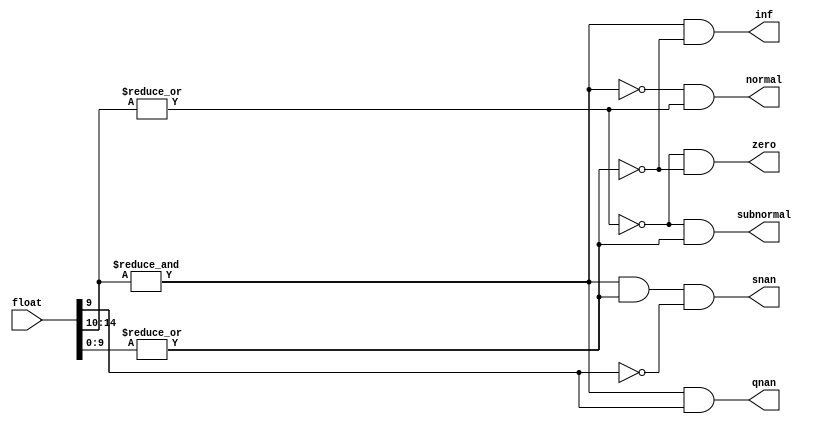



module Fp_clasifier
(input [15:0] float , 
output snan , qnan , inf , zero , subnormal , normal );

wire expOnes , expZeroes , sigZeroes ; 

assign expOnes = &float[14:10];
assign expZeroes = ~|float[14:10];
assign sigZeroes = ~|float[9:0];

assign snan = expOnes & ~sigZeroes & ~float[9];
assign qnan = expOnes & float[9];
assign inf  = expOnes & sigZeroes;
assign zero = expZeroes & sigZeroes;
assign subnormal = expZeroes & ~sigZeroes;
assign normal = ~expOnes &  ~expZeroes;

endmodule

module FP_mul(output wire [15:0] producto, input [15:0] na, nb, output reg snan, qnan, inf, zero, subnormal, normal);

    wire Asnan, Aqnan, Ainf, Azero, Asubnormal, Anormal;
    wire Bsnan, Bqnan, Binf, Bzero, Bsubnormal, Bnormal;
    reg [15:0] productoTemp, product;
    reg [15:0] Signo;
    Fp_clasifier A(na, Asnan, Aqnan, Ainf, Azero, Asubnormal, Anormal);
    Fp_clasifier B(nb, Bsnan, Bqnan, Binf, Bzero, Bsubnormal, Bnormal);

    reg [21:0] partialResult; 
    reg [4:0] expa;
    reg [4:0] expb;
    parameter bias = 15; 
    reg [5:0] exponent;

    always @(*) begin
        {snan, qnan, inf, zero, subnormal, normal} = 6'b0;
        Signo = na[15] ^ nb[15];

        if (Asnan | Bsnan) begin
            productoTemp = Asnan ? na : nb;
            snan = 1;
        end else if (Aqnan | Bqnan) begin
            productoTemp = Aqnan ? na : nb;
            qnan = 1;
        end else if (Ainf | Binf) begin
            if (Azero | Bzero) begin
                productoTemp = {Signo, {5{1'b1}}, 1'b1, 9'b1};
                qnan = 1;
            end else begin
                productoTemp = {Signo, {5{1'b1}}, 10'b0};
                inf = 1;
            end
        end else if (Azero | Bzero || (Asubnormal & Bsubnormal)) begin
            productoTemp = {Signo, 15'b0};
            zero = 1;
        end else begin
            expa = na[14:10] - bias;
            expb = nb[14:10] - bias;
            exponent = expa + expb + bias; // Corregido para sumar el bias despus de la suma de los exponentes
            partialResult = {1'b1, na[9:0]} * {1'b1, nb[9:0]};

            if (partialResult[21]) begin
                partialResult = partialResult >> 1
                ;
                exponent = exponent + 1;
            end

            if (exponent > 30) begin // Corregido para considerar el rango correcto del exponente
                productoTemp = {Signo, 5'b11111, 10'b0};
                inf = 1;
            end else if (exponent < 1) begin // Corregido para el rango inferior del exponente
                productoTemp = {Signo, 15'b0};
                zero = 1;
            end else begin
                productoTemp = {Signo, exponent[4:0], partialResult[19:10]}; // Ajustado para seleccionar los bits correctos de partialResult
                normal = 1; 
            end
        end
    end

    assign producto = productoTemp; // Asigna productoTemp a la salida producto
endmodule